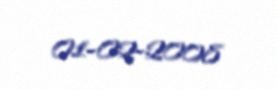
01-02-2008